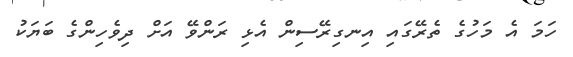
ހަމަ އެ މަހުގެ ތެރޭގައި އިނގިރޭސިން އެޅި ރަންވޭ އަށް ދިވެހިންގެ ބަޔަކު